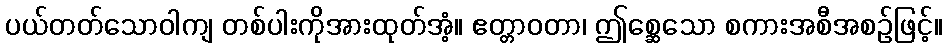
ပယ်တတ်သောဝါကျ တစ်ပါးကိုအားထုတ်အံ့။ ဧတ္တာဝတာ၊ ဤစ္ဆေသော စကားအစီအစဉ်ဖြင့်။